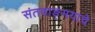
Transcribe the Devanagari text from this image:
संतवाङ्‌मयाचे